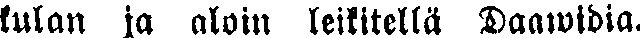
kulan ja aloin leikitellä Daawidia.